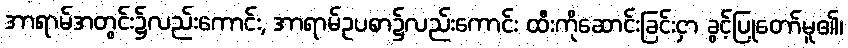
အာရာမ်အတွင်း၌လည်းကောင်း, အာရာမ်ဥပစာ၌လည်းကောင်း ထီးကိုဆောင်းခြင်းငှာ ခွင့်ပြုတော်မူ၏၊